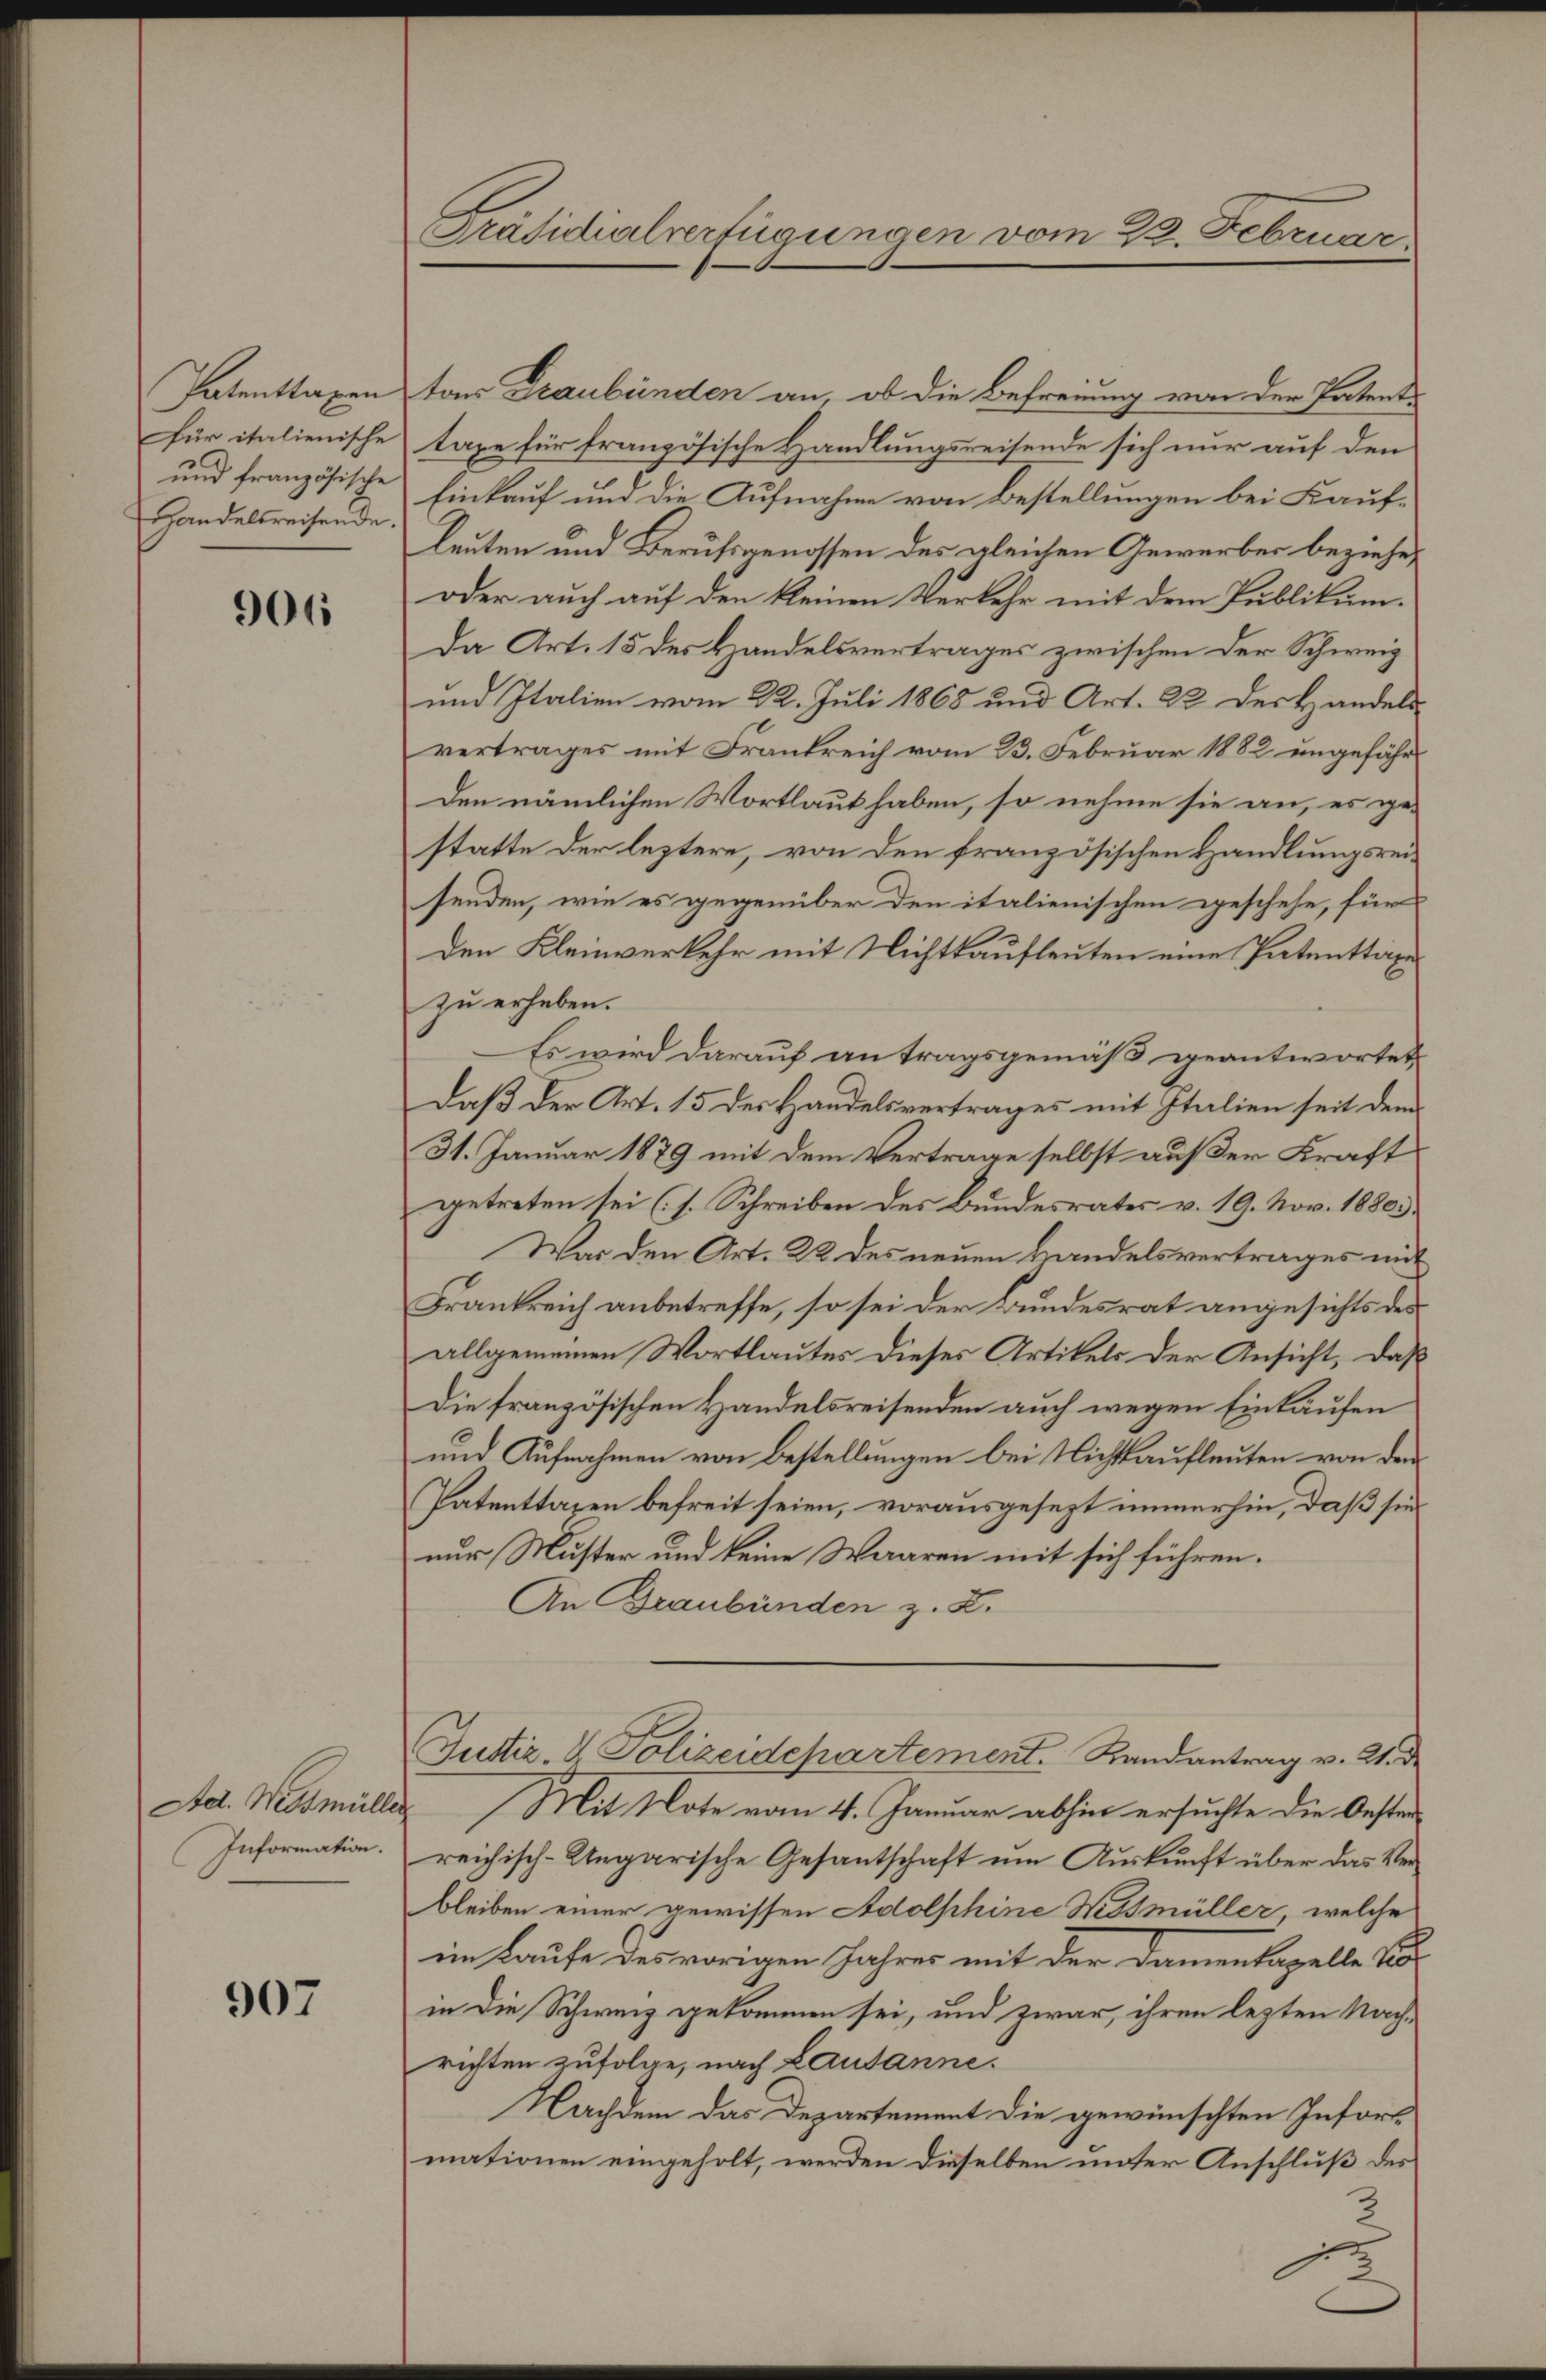
Patenttaxen
für italienische
und französische
Handelsreisende.

906

Ad. Websmüller
Information.

907

Präsidialverfügungen vom 22. Februar

tons Graubünden an, ob die Befreiung von der Patent-
taxe für französische Handlungsreisende sich nur auf den
Einkauf und die Aufnahme von Bestellungen bei Kauf¬
Leuten und Berufsgenossen des gleichen Gewerber beziehen
oder auch auf den kleinen Verkehr mit dem Publikum.
Da Art. 15 des Handelsvertrages zwischen der Schweiz
und Italien vom 22. Juli 1868 und Art. 22 des Handels
vertrages mit Frankreich vom 23. Februar 1882 ungefähr¬
Den nämlichen Wortlaut haben, so nehme sie an, es gestatte der leztere, von den französischen Handlungsrei-
senden, wie es gegenüber den italienischen geschehe, für
den Kleinverkehr mit Nichtkaufleuten eine Patenttan
zu erheben.
Es wird darauf antragsgemäß geantwortet
Daß der Art. 15 des Handelsvertrages mit Italien seit dem
31. Januar 1879 mit dem Vertrage selbst außer Kraft
getreten sei (s. Schreiben des Bundesrates v. 19. Nov. 18803.
War den Art. 22 des neuen Handelsvertrages mit
Frankreich anbetreffe, so sei der Bundesrat angesichts des
allgemeinen Wortlautes dieses Artikels der Ansicht, daß
Die französischen Handelsreisenden auch wegen Einkaufen
und Aufnahmen von Bestellungen bei Nichtaufleuten von den
Patenttaxen befreit seien, vorausgesezt immerhin, daß sie
nur Muster und keine Waaren mit sich führen.
An Graubünden z. Z.
Justiz- & Polizeidepartement. Randantrag v. 2. d.
Mit Note vom 4. Januar abhin ersuchte die Oester
reichisch-Ungarische Gesantschaft um Auskunft über das Verbleiben einer gewissen Adolphine Wismüller, welche
im Laufe des vorigen Jahres mit der Damenkapelle Vor
in die Schweiz gekommen sei, und zwar, ihren lezten Nach-
richten zufolge, nach Lausanne.
Nachdem das Departement die gewünschten Infortmationen eingeholt, werden dieselben unter Anschluß des